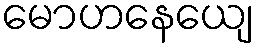
မောဟနေယျေ